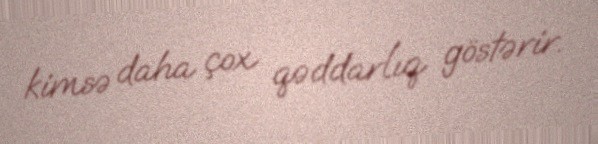
kimsə daha çox qəddarlıq göstərir.